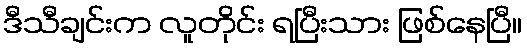
ဒီသီချင်းက လူတိုင်း ရပြီးသား ဖြစ်နေပြီ။